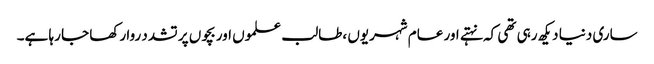
ساری دنیا دیکھ رہی تھی کہ نہتے اور عام شہریوں ،طالب علموں اور بچوں پر تشدد روا رکھا جا رہا ہے۔